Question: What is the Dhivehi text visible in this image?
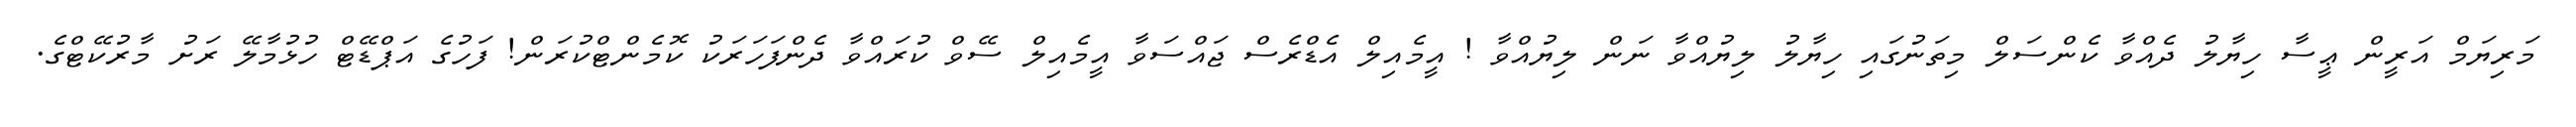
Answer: މަރިޔަމް އަރީން ޢީސާ ހިޔާލު ދެއްވާ ކެންސަލް މިތަނުގައި ހިޔާލު ލިޔުއްވާ ނަން ލިޔުއްވާ ! އީމެއިލް އެޑްރެސް ޖައްސަވާ އީމެއިލް ސޭވް ކުރައްވާ ދެންފަހަރަކު ކޮމެންޓްކުރަން! ފަހުގެ އަޕްޑޭޓް ހުޅުމާލޭ ރަށު މާރުކޭޓްގެ.